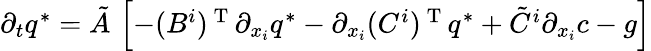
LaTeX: \begin{array}{r}{\partial_{t}q^{*}=\tilde{A}\, \left[-({B^{i}})^{\mathrm{~T~}}\partial_{x_{i}}q^{*}-\partial_{x_{i}}({C^{i}})^{\mathrm{~T~}}q^{*}+\tilde{C}^{i}\partial_{x_{i}}c-g\right]}\end{array}